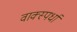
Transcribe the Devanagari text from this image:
वाक्स्पर्धा